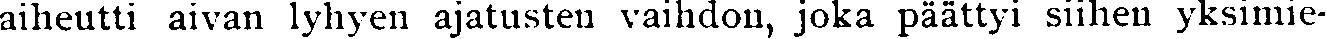
aiheutti aivan lyhyen ajatusten vaihdon, joka päättyi siihen yksimie-